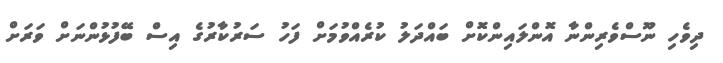
ދިވެހި ނޫސްވެރިންނާ އޮންލައިންކޮށް ބައްދަލު ކުރެއްވުމަށް ފަހު ސަރުކާރުގެ އިސް ބޭފުޅުންނަށް ވަރަށް